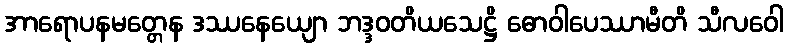
အာရောပနမတ္တေန ဒဿနေယျော ဘဒ္ဒဝတိယသေဋ္ဌိ ဓောဝါပေဿာမီတိ သီလဝေါ